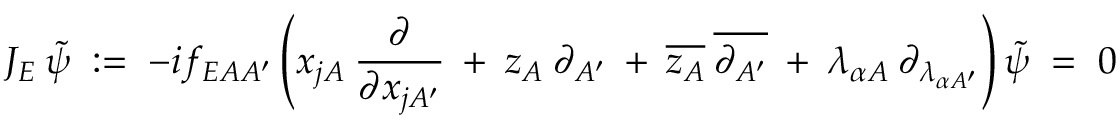
J _ { E } \: \tilde { \psi } \; : = \; - i f _ { E A A ^ { \prime } } \left( x _ { j A } \: \frac { \partial } { \partial x _ { j A ^ { \prime } } } \: + \: z _ { A } \: \partial _ { A ^ { \prime } } \: + \: \overline { { { z _ { A } } } } \: \overline { { { \partial _ { A ^ { \prime } } } } } \: + \: \lambda _ { \alpha A } \: \partial _ { \lambda _ { \alpha A ^ { \prime } } } \right) \tilde { \psi } \; = \; 0